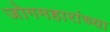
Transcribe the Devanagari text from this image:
जोगमहारांच्या